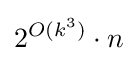
2^{O(k^{3})}\cdot n